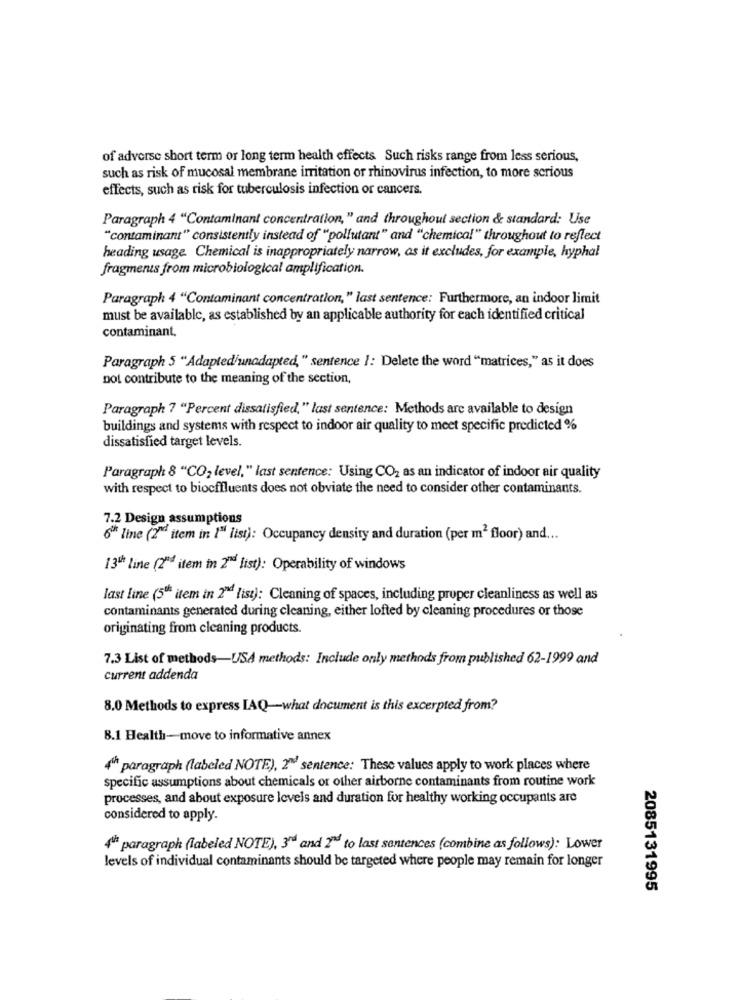
of adverse short term or long term health effects Such risks range from less serious,
such as risk of mucosal membrane irritation or rhinovirus infection, to more serious
effects, such as risk for tuberculosis infection or cancers.
Paragraph 4 "Contaminant concentration," and throughout section & standard: Use
"contaminant" consistently instead of "pollutant" and "chemical" throughout to reflect
heading usage. Chemical is inappropriately narrow, as it excludes, for example, hyphal
fragmerus from microbiological amplification.
Paragraph 4 "Contaminant concentration," last sentence: Furthermore, an indoor limit
must be available, as established by an applicable authority for each identified critical
contaminant.
Paragraph 5 "Adapted'unadapted," sentence /: Delete the word "matrices," as it does
not contribute to the meaning of the section,
Paragraph 7 "Percent dissatisfied," last sentence: Methods are available to design
buildings and systems with respect to indoor air quality to meet specific predicted %
dissatisfied target levels.
Paragraph 8 "CO2 level," last sentence: Using CO2 as an indicator of indoor air quality
with respect to bioeffluents does not obviate the need to consider other contaminants.
7.2 Design assumptions
6ª line (2" item in I" list): Occupancy density and duration (per m2 floor) and ...
13 line (2"4 item in 2" list): Operability of windows
last line (5th item in 2"Md list): Cleaning of spaces, including proper cleanliness as well as
contaminants generated during cleaning, either lofted by cleaning procedures or those
originating from cleaning products.
7.3 List of methods-USA methods: Include only methods from published 62-1999 and
current addenda
8.0 Methods to express IAQ-what document is this excerpted from?
8.1 Health-move to informative annex
4h paragraph (labeled NOTE), 2" sentence: These values apply to work places where
specific assumptions about chemicals or other airborne contaminants from routine work
processes, and about exposure levels and duration for healthy working occupants are
considered to apply.
4uht paragraph (labeled NOTE), 3rd and 2Md to last sentences (combine as follows): Lower
levels of individual contaminants should be targeted where people may remain for longer
2085131995